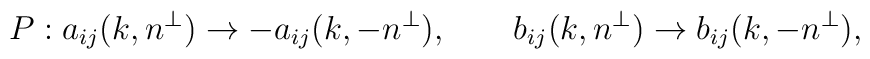
P: a_{ij}(k,n^\perp)\rightarrow -a_{ij}(k,-n^\perp),\qquad        b_{ij}(k,n^\perp)\rightarrow b_{ij}(k,-n^\perp),